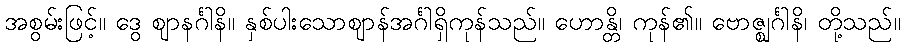
အစွမ်းဖြင့်။ ဒွေ ဈာနင်္ဂါနိ။ နှစ်ပါးသောဈာန်အင်္ဂါရှိကုန်သည်။ ဟောန္တိ၊ ကုန်၏။ ဗောဇ္ဈင်္ဂါနိ၊ တို့သည်။